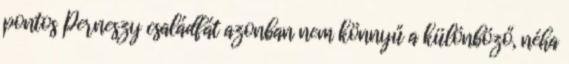
pontos Perneszy családfát azonban nem könnyű a különböző, néha